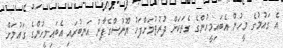
އެ ގައުމުގެ މީހުން އެބައިމީހުންގެ ގެތަކަށް ދުރުވުމަށްފަހު ޔޫނުސްގެފާނު އަނބުރައި އެބައިމީހުންގެ ގައުމަށް